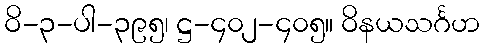
ဝိ-၃-ပါ-၃၉၅၊ ဋ္ဌ-၄၀၂-၄၀၅။ ဝိနယသင်္ဂဟ